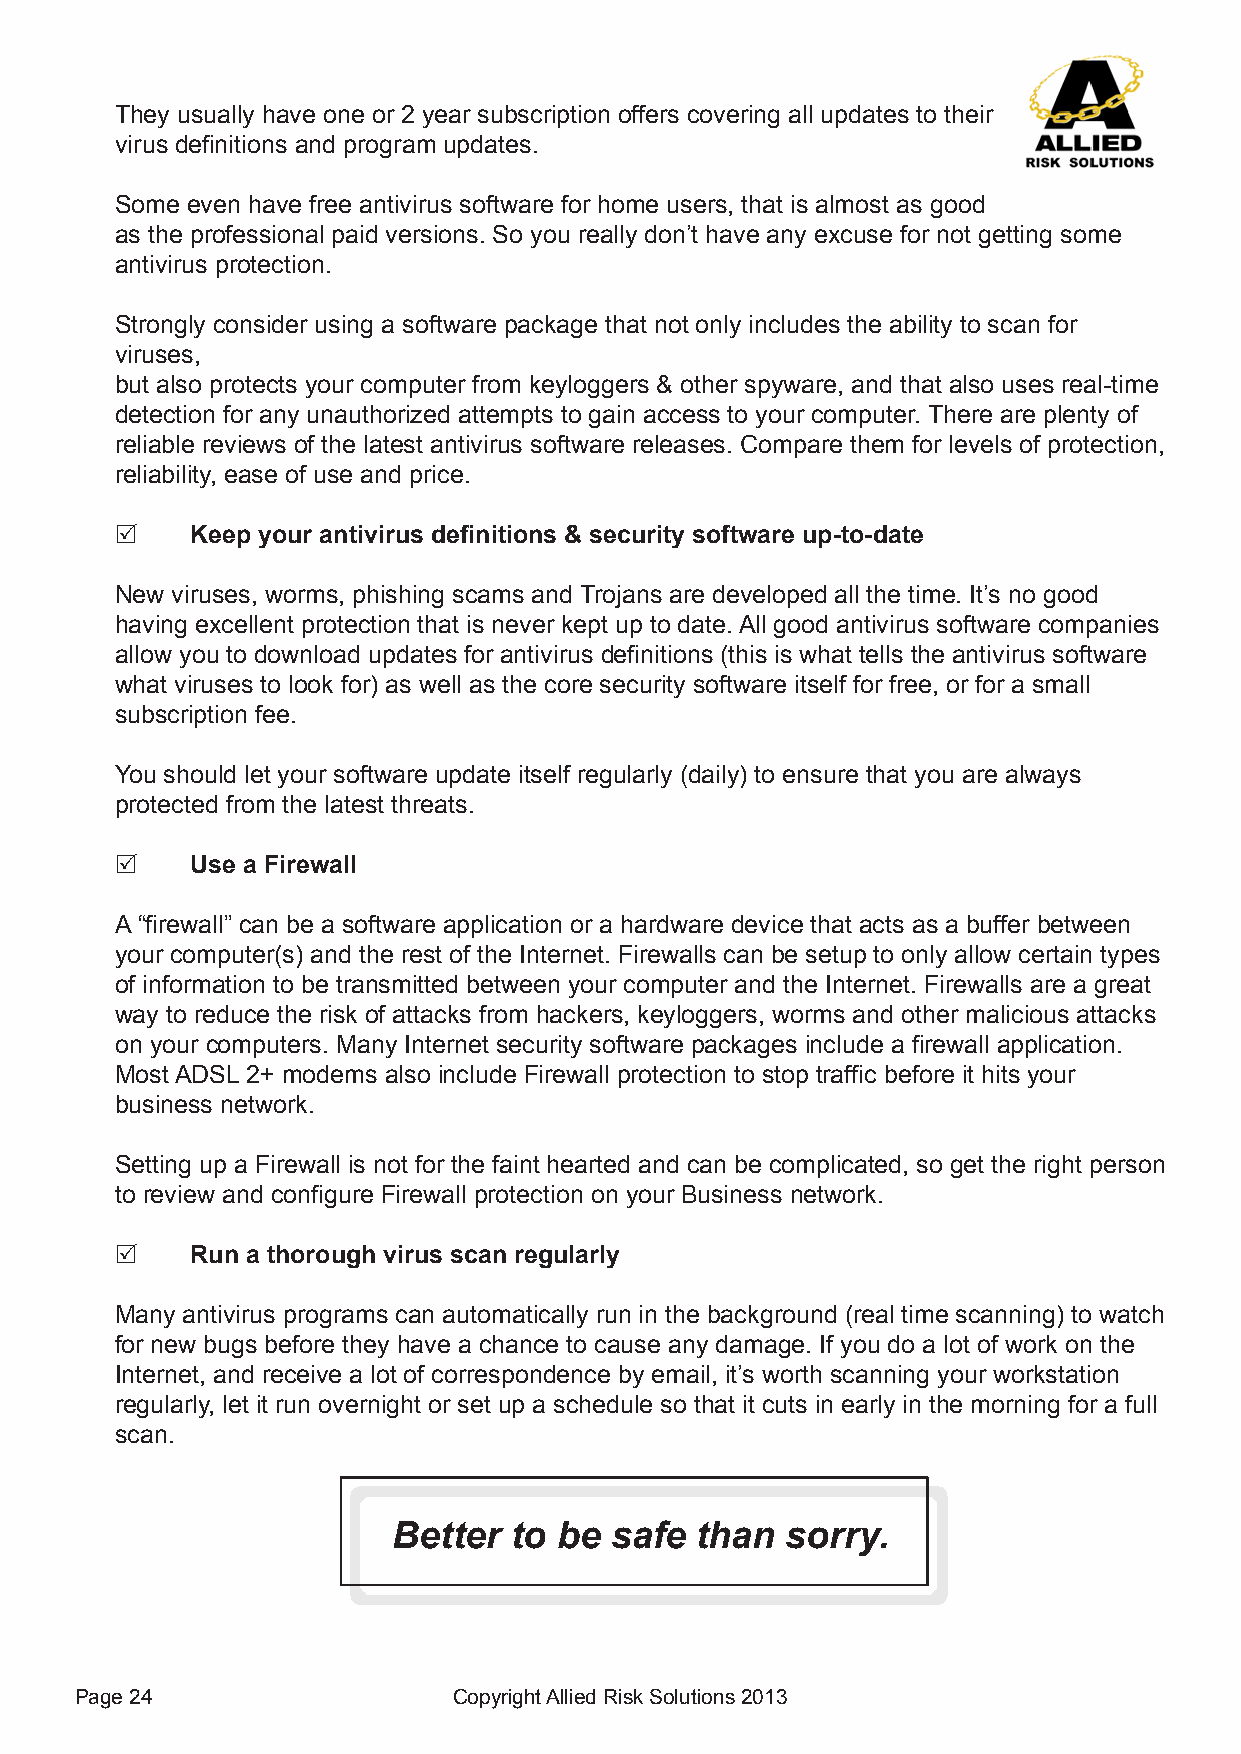
They usually have one or 2 year subscription offers covering all updates to their
 virus definitions and program updates.
 Some even have free antivirus software for home users, that is almost as good
 as the professional paid versions. So you really don’t have any excuse for not getting some
 antivirus protection.
 Strongly consider using a software package that not only includes the ability to scan for
 viruses,
 but also protects your computer from keyloggers & other spyware, and that also uses real-time
 detection for any unauthorized attempts to gain access to your computer. There are plenty of
 reliable reviews of the latest antivirus software releases. Compare them for levels of protection,
 reliability, ease of use and price.
     Keep your antivirus definitions & security software up-to-date
 New viruses, worms, phishing scams and Trojans are developed all the time. It’s no good
 having excellent protection that is never kept up to date. All good antivirus software companies
 allow you to download updates for antivirus definitions (this is what tells the antivirus software
 what viruses to look for) as well as the core security software itself for free, or for a small
 subscription fee.
 You should let your software update itself regularly (daily) to ensure that you are always
 protected from the latest threats.
     Use a Firewall
 A “firewall” can be a software application or a hardware device that acts as a buffer between
 your computer(s) and the rest of the Internet. Firewalls can be setup to only allow certain types
 of information to be transmitted between your computer and the Internet. Firewalls are a great
 way to reduce the risk of attacks from hackers, keyloggers, worms and other malicious attacks
 on your computers. Many Internet security software packages include a firewall application.
 Most ADSL 2+ modems also include Firewall protection to stop traffic before it hits your
 business network.
 Setting up a Firewall is not for the faint hearted and can be complicated, so get the right person
 to review and configure Firewall protection on your Business network.
     Run a thorough virus scan regularly
 Many antivirus programs can automatically run in the background (real time scanning) to watch
 for new bugs before they have a chance to cause any damage. If you do a lot of work on the
 Internet, and receive a lot of correspondence by email, it’s worth scanning your workstation
 regularly, let it run overnight or set up a schedule so that it cuts in early in the morning for a full
 scan.
 Better  to be safe  than  sorry.
 Page 24                  Copyright Allied Risk Solutions 2013